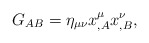
\begin{align*}G_{AB}=\eta_{\mu\nu}x^\mu_{,A}x^\nu_{,B},\end{align*}